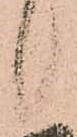
候